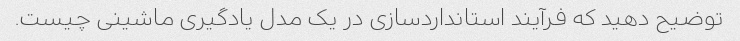
توضیح دهید که فرآیند استانداردسازی در یک مدل یادگیری ماشینی چیست.